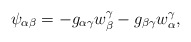
\begin{align*}\psi_{\alpha\beta} = - g_{\alpha\gamma}w^{\gamma}_{\beta} - g_{\beta\gamma} w^{\gamma}_{\alpha},\end{align*}